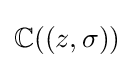
\mathbb {C} ((z,\sigma ))